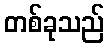
တစ်ခုသည်